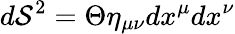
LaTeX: d\mathcal S^{2}=\Theta\eta_{\mu\nu}dx^{\mu}dx^{\nu}